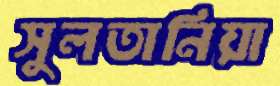
সুলতানিয়া